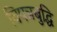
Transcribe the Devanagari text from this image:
विपन्नबुद्धि